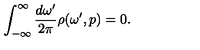
\int _ { - \infty } ^ { \infty } \frac { d \omega ^ { \prime } } { 2 \pi } \rho ( \omega ^ { \prime } , p ) = 0 .